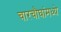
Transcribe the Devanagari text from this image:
चारचौघांमध्ये